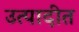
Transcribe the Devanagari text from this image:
उत्पादीत